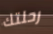
رحلتك